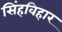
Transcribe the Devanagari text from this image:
सिंहविहार